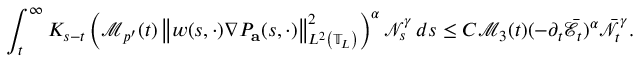
\int _ { t } ^ { \infty } K _ { s - t } \left( \mathcal { M } _ { p ^ { \prime } } ( t ) \left\| w ( s , \cdot ) \nabla P _ { \mathbf { a } } ( s , \cdot ) \right\| _ { L ^ { 2 } \left( \mathbb { T } _ { L } \right) } ^ { 2 } \right) ^ { \alpha } \mathcal { N } _ { s } ^ { \gamma } \, d s \leq C \mathcal { M } _ { 3 } ( t ) ( - \partial _ { t } \bar { \mathcal { E } } _ { t } ) ^ { \alpha } \bar { \mathcal { N } } _ { t } ^ { \gamma } .